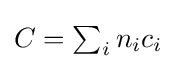
{\textstyle C=\sum _{i}n_{i}c_{i}}